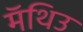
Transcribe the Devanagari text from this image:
मॅथिउ